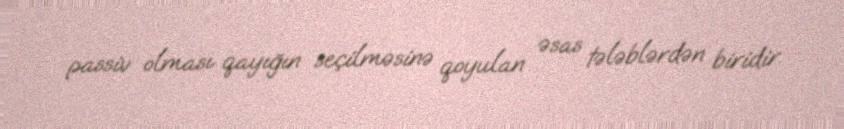
passiv olması qayığın seçilməsinə qoyulan əsas tələblərdən biridir.